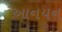
આનયન